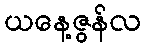
ယနေ့ဇွန်လ